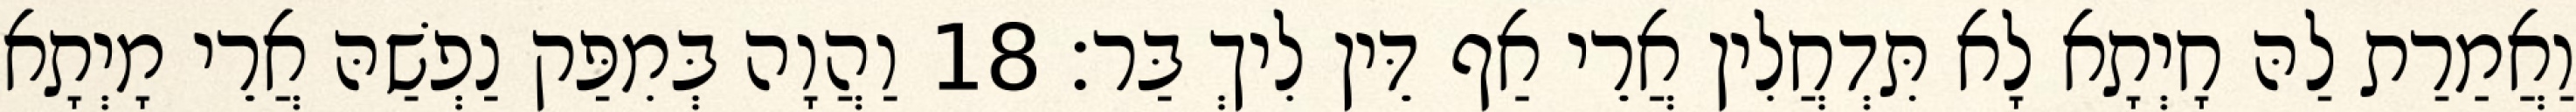
וַאֲמַרַת לַהּ חָיְתָא לָא תִּדְחֲלִין אֲרֵי אַף דֵּין לִיךְ בַּר׃ 18 וַהֲוָה בְּמִפַּק נַפְשַׁהּ אֲרֵי מָיְתָא